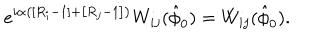
e ^ { i \alpha \left( \left[ R _ { i } - 1 \right] + \left[ R _ { j } - 1 \right] \right) } W _ { i j } ( \hat { \phi } _ { 0 } ) = W _ { i j } ( \hat { \phi } _ { 0 } ) .